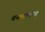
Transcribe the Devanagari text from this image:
चनमल्लप्पा